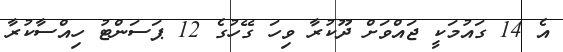
އެ 14 ގައުމަކީ ޖައްވަށް ދޫކުރާ ވިހަ ގޭހުގެ 12 ޕަސަންޓު ހިއްސާކުރާ